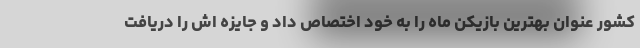
کشور عنوان بهترین بازیکن ماه را به خود اختصاص داد و جایزه اش را دریافت